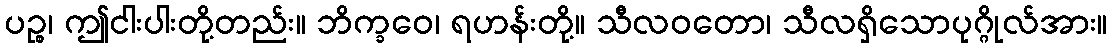
ပဉ္စ၊ ဤငါးပါးတို့တည်း။ ဘိက္ခဝေ၊ ရဟန်းတို့။ သီလဝတော၊ သီလရှိသောပုဂ္ဂိုလ်အား။